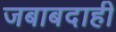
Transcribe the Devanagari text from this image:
जबाबदाही